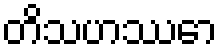
တိသဟဿော